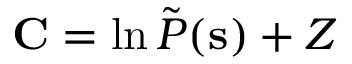
\mathbf { C } = \ln \tilde { P } ( \mathbf { s } ) + Z